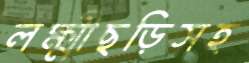
লক্ষ্মীছড়িসহ